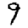
Digit: 9